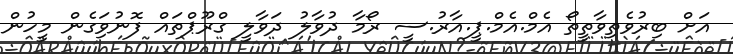
އަށް ބިރުވެތިވާތީތޯ އެމް.އެމް.ޕީ.އާރު.ސީ ރޯމާ ދުވާލު ދަވާލީ ގްރޫޕްތައް ފޮނުވަިގެން މީހުން